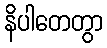
နိပါတေတွာ